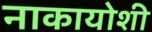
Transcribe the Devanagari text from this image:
नाकायोशी